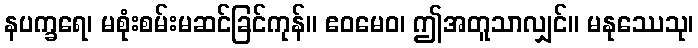
နပက္ခရေ၊ မစုံးစမ်းမဆင်ခြင်ကုန်။ ဧဝမေဝ၊ ဤအတူသာလျှင်။ မနုဿေသု၊